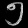
Digit: ၅